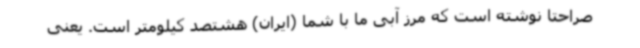
صراحتا نوشته است که مرز آبی ما با شما (ایران) هشتصد کیلومتر است. یعنی